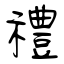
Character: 禮